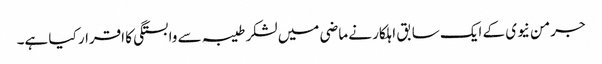
جرمن نیوی کے ایک سابق اہلکار نے ماضی میں لشکر طیبہ سے وابستگی کا اقرار کیا ہے۔